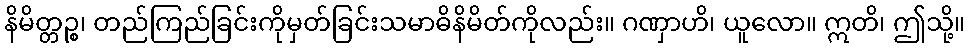
နိမိတ္တဉ္စ၊ တည်ကြည်ခြင်းကိုမှတ်ခြင်းသမာဓိနိမိတ်ကိုလည်း။ ဂဏှာဟိ၊ ယူလော။ ဣတိ၊ ဤသို့။